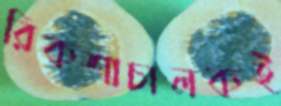
রিকশাচালকই